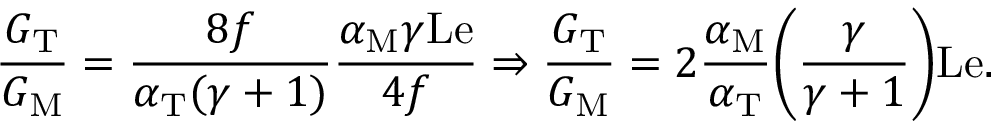
\frac { G _ { \mathrm { T } } } { G _ { \mathrm { M } } } = \frac { 8 f } { \alpha _ { \mathrm { T } } ( \gamma + 1 ) } \frac { \alpha _ { \mathrm { M } } \gamma \mathrm { L e } } { 4 f } \Rightarrow \frac { G _ { \mathrm { T } } } { G _ { \mathrm { M } } } = 2 \frac { \alpha _ { \mathrm { M } } } { \alpha _ { \mathrm { T } } } \bigg ( \frac { \gamma } { \gamma + 1 } \bigg ) \mathrm { L e } .